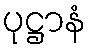
ပုဋ္ဌာနံ